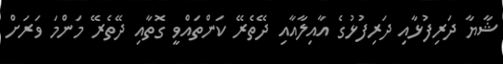
ޝާޔާ ދަރިފުޅާއި ދަރިފުޅުގެ އާއިލާއާއި ދޭތެރޭ ކަންތައްވީ ގޮތާއި ދޭތެރޭ މަންމަ ވަރަށް